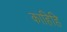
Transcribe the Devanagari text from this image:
काहिहि